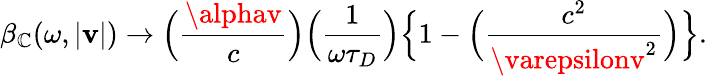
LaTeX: \beta_{\mathbb{C}}(\omega,|{\mathbf{v}}|)\to\Big({\frac{{\alphav}}{{c}}}\Big)\Big({\frac{{1}}{{\omega\tau_{D}}}}\Big)\Big\{ 1-\Big({\frac{{c^{2}}}{{\varepsilonv^{2}}}}\Big)\Big\} .